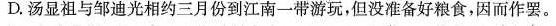
D.汤显祖与邹迪光相约三月份到江南一带游玩，但没准备好粮食。因而作罢。